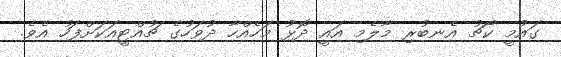
ގައުމީ ކޯޗު އެނބުރި މާލެމި އައީ ދޮޅު މަހެއްހާ ދުވަހުގެ ޗުއްޓީއަކަށްފަހު އެވެ.